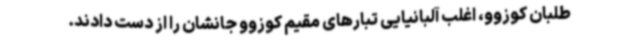
طلبان کوزوو، اغلب آلبانیایی تبارهای مقیم کوزوو جانشان را از دست دادند.